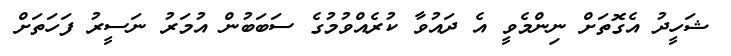
ޝަހީދު އެގޮތަށް ނިންމެވީ އެ ދައުވާ ކުރެއްވުމުގެ ސަބަބުން އުމަރު ނަސީރު ފަހަތަށް